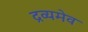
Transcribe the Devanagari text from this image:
द्रव्यमेव